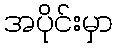
အပိုင်းမှာ